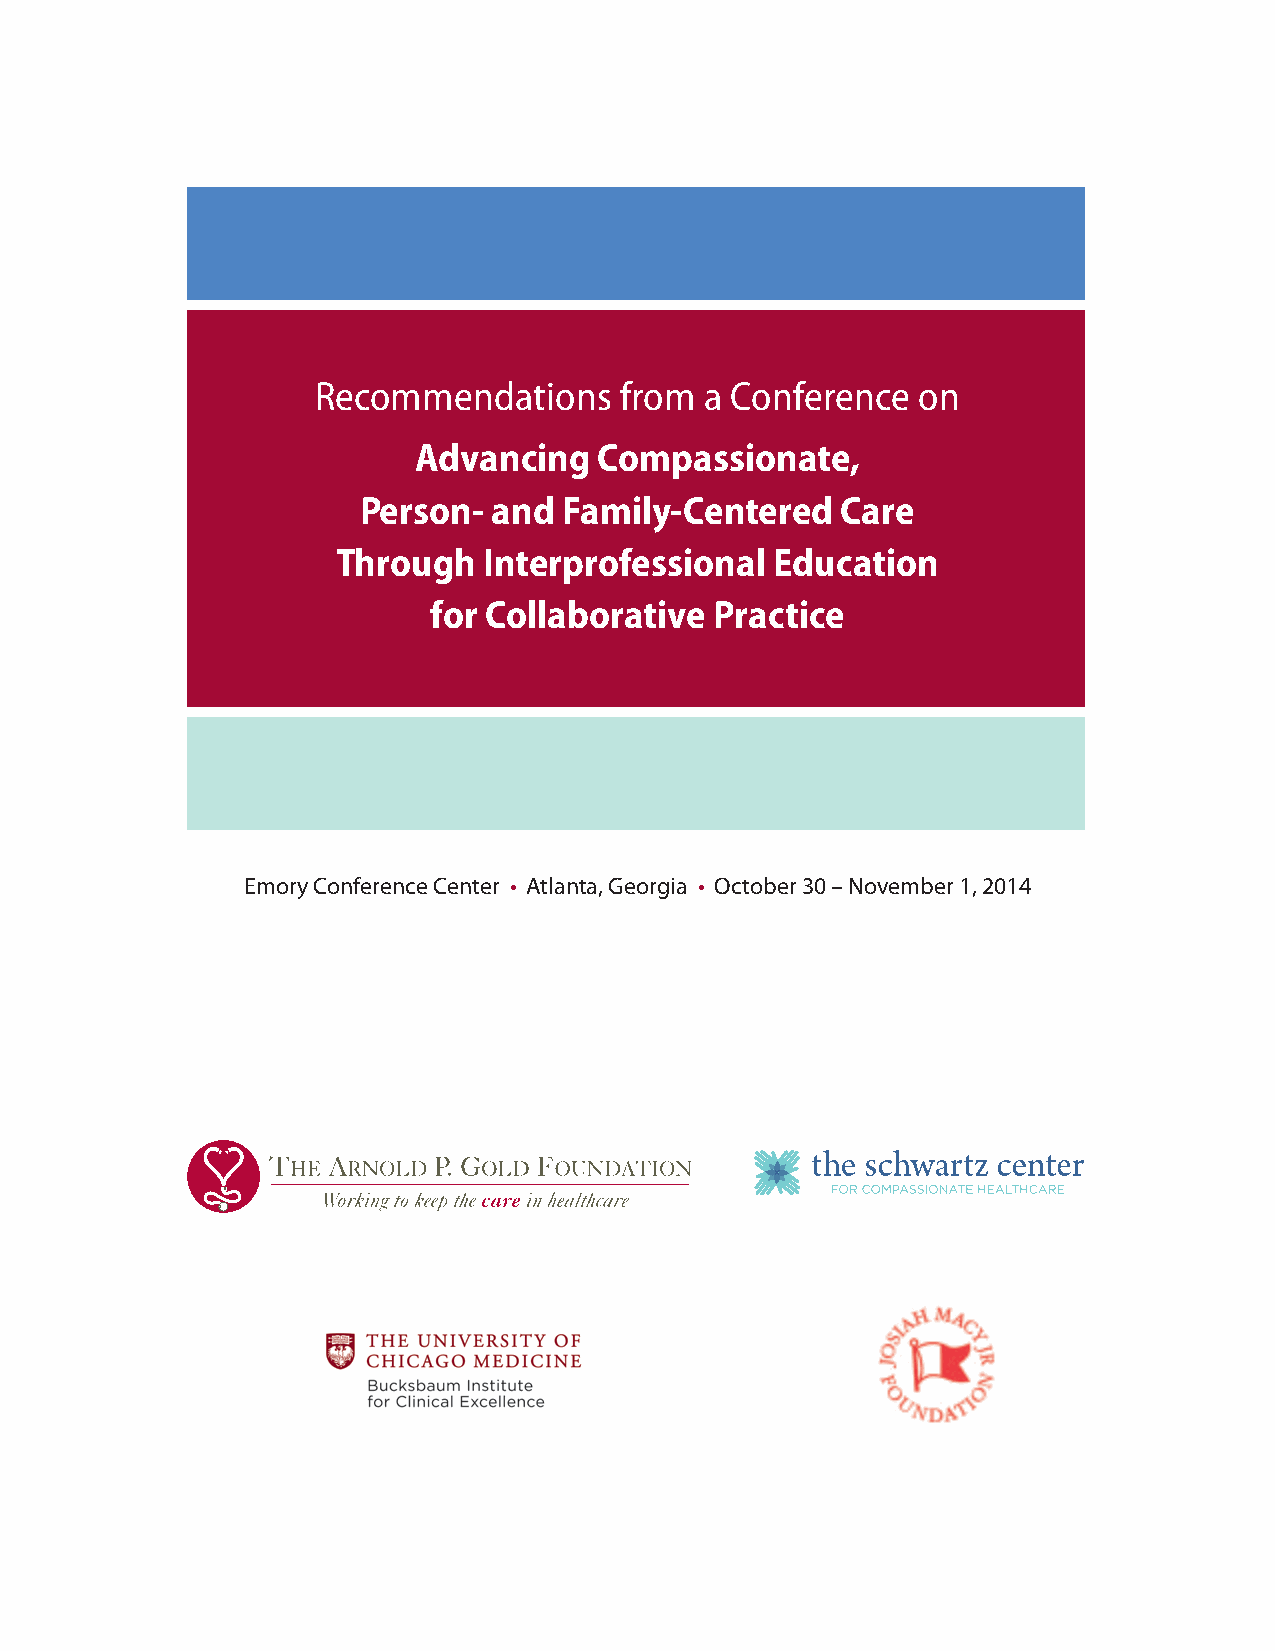
Recommendations     from  a Conference  on
 Advancing    Compassionate,
 Person-  and Family-Centered    Care
 Through   Interprofessional  Education
 for Collaborative  Practice
 Emory Conference Center • Atlanta, Georgia • October 30 – November 1, 2014